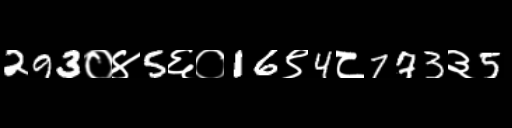
Text: 293०४5६०16९4८773३5